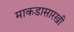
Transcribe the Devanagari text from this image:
माकडासारखी